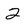
Character: 2